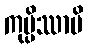
ကုပ္ပိဿာမိ